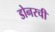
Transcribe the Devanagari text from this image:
डोनरची